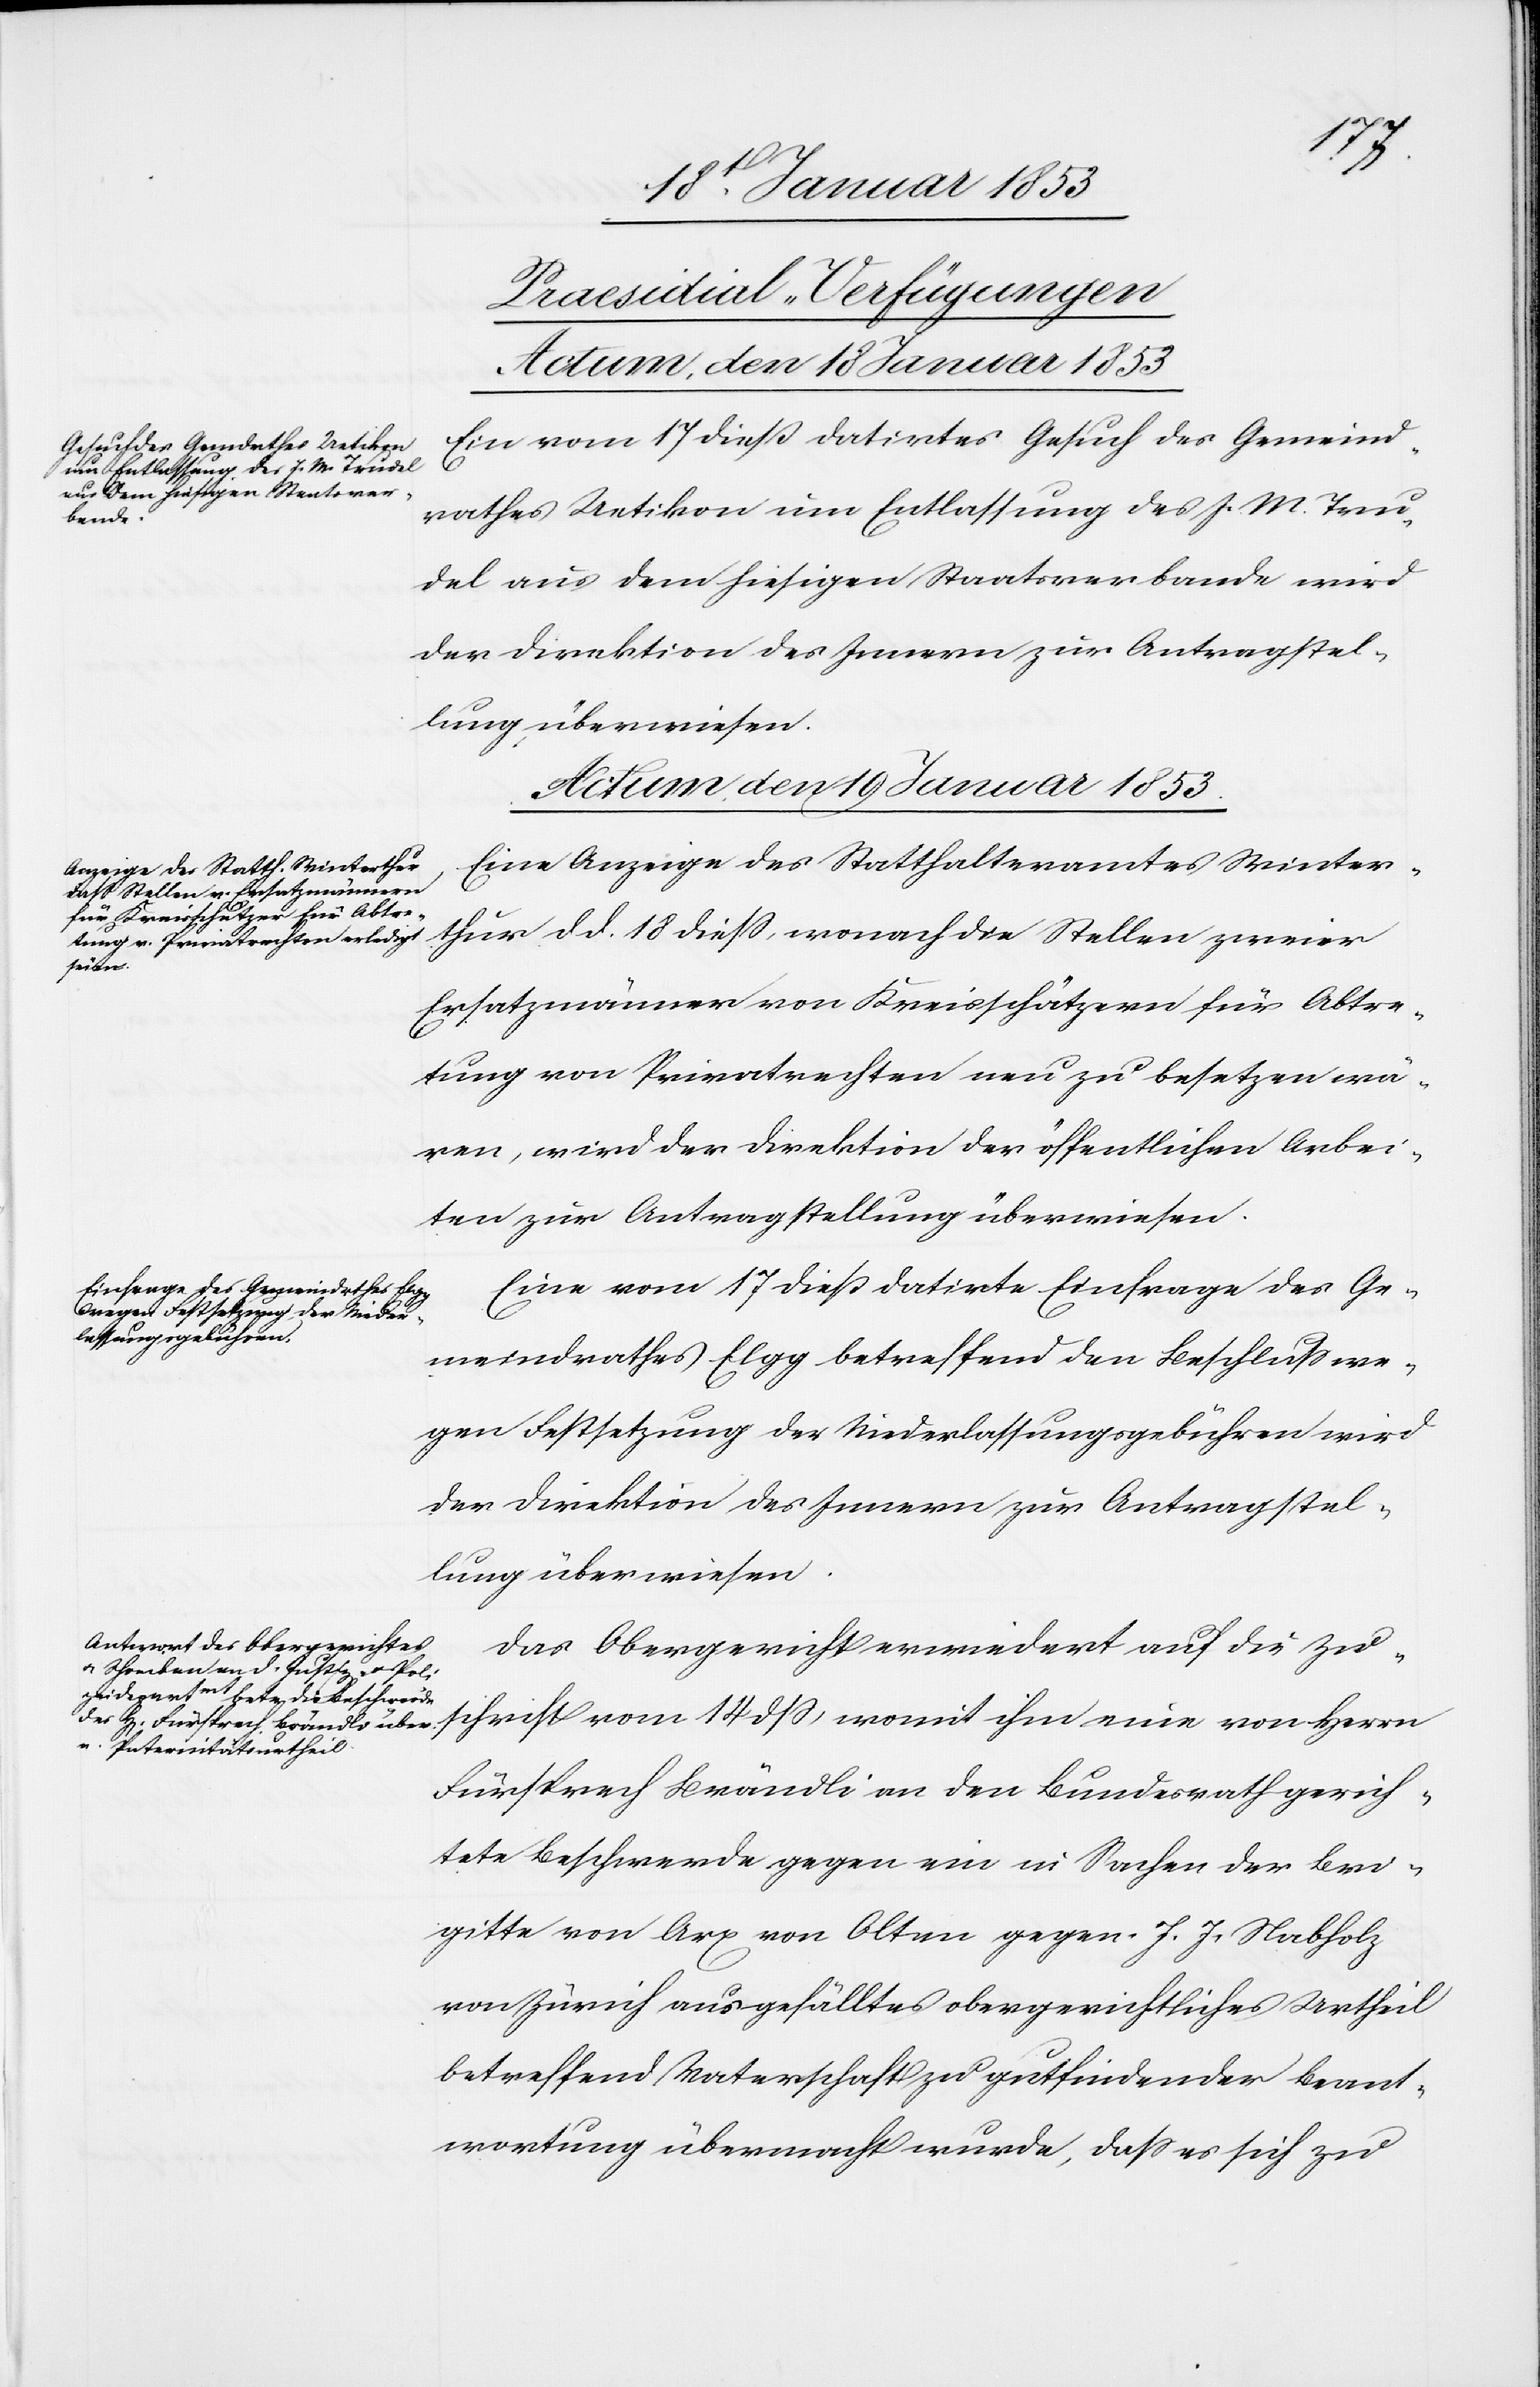
[Praesidial-Verfügungen
Actum, den 19 Januar 1853]
Ein vom 17 dieß datirtes Gesuch des Gemeind¬
rathes Uetikon um Entlassung des J. M. Tru¬
bel aus dem hiesigen Staatsverbande wird
Actum, den 19 Januar 1853]
Eine Anzeige des Statthalteramtes Winter¬
thur d. d. 18 dieß, wonach die Stellen zweier
Ersatzmänner von Kreisschätzern für Abtre¬
tung von Privatrechten neu zu besetzen wä¬
ren, wird der Direktion der öffentlichen Arbei¬
ten zur Antragstellung überwiesen.
Eine vom 17 dieß datirte Einfrage des Ge¬
meindrathes Elgg betreffend den Beschluß we¬
gen Festsetzung der Niederlassungsgebühren wird
der Direktion des Innern zur Antragstel¬
lung überwiesen.
Das Obergericht erwiedert auf die Zu¬
schrift vom 14 dß, womit ihm eine von Herrn
Fürsprech Brändli an den Bundesrath gerich¬
tete Beschwerde gegen ein in Sachen der Bri¬
gitte von Arx von Olten gegen J. J. Nabholz
von Zürich ausgefülltes obergerichtliches Urtheil
betreffend Vaterschaft zu gutfindender Beant¬
wortung übermacht wurde, daß es sich zu